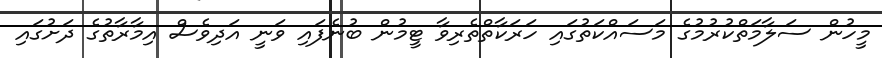
މީހުން ސަލާމަތްކުރުމުގެ މަސައްކަތުގައި ހަރަކާތްތެރިވާ ޓީމުން ބުނެފައި ވަނީ އަދިވެސް އިމާރާތުގެ ދަށުގައި